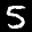
Label: 5